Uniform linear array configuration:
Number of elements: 8
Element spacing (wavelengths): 0.5
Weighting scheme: binomial
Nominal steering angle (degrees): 15
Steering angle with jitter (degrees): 15.293
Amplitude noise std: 0.05
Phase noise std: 0.05

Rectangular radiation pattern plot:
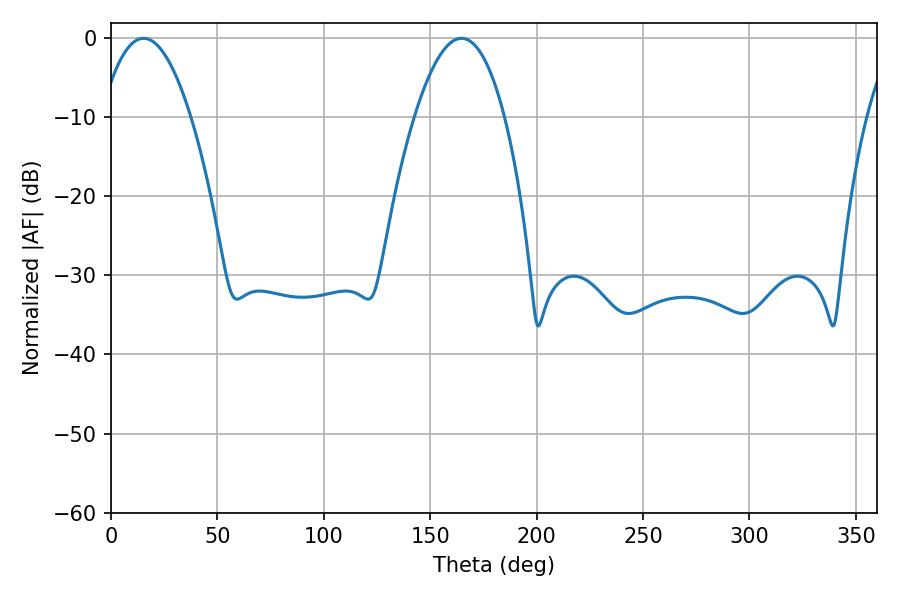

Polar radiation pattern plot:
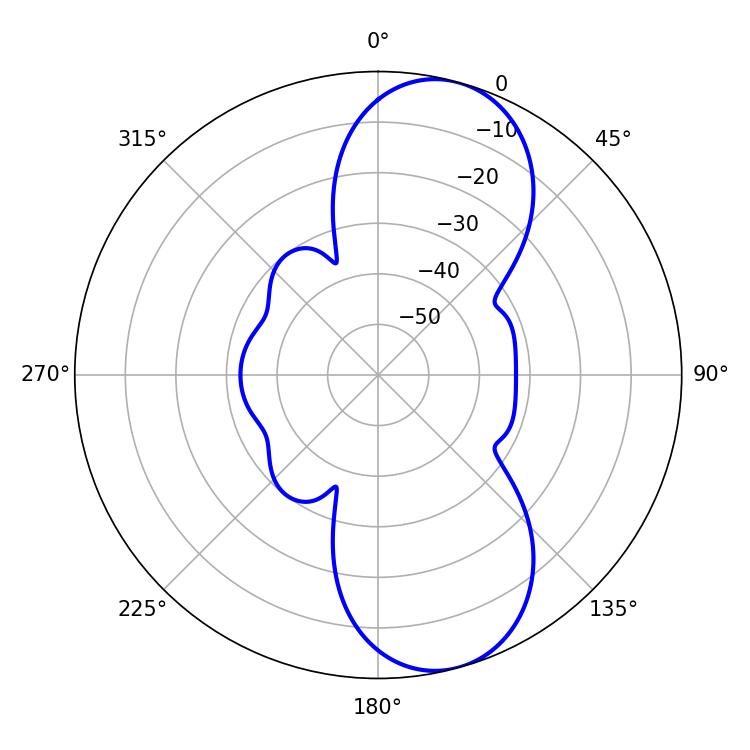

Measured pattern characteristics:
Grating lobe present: FALSE
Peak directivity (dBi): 9.302
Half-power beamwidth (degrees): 23.22
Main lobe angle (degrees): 15.3